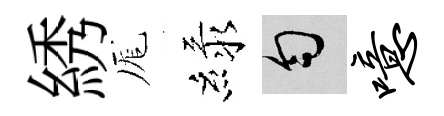
綉厖緑匀噫